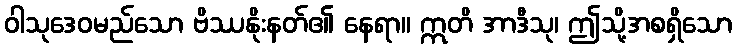
ဝါသုဒေဝမည်သော ဗိဿနိုးနတ်၏ နေရာ။ ဣတိ အာဒီသု၊ ဤသို့အစရှိသော